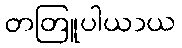
တတြူပါယာယ